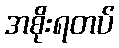
အစိုးရတပ်